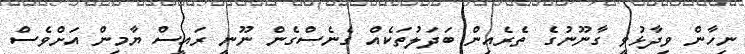
ނިހާން ވިދާޅުވީ ގާނޫނުގެ ތެރެއިން ބަދަލުތަކެއް ގެނެސްގެން ނޫނީ ރައީސް ޔާމިން އަށްވެސް